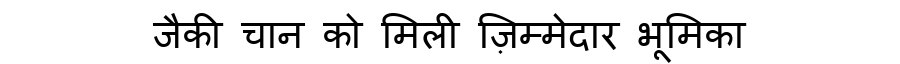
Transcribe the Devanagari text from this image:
जैकी चान को मिली ज़िम्मेदार भूमिका